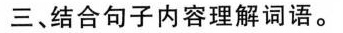
三、结合句子内容理解词语。